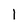
Character: 1